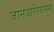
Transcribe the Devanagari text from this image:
जानेवारीपासुन